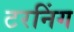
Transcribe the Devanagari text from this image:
टरनिंग